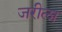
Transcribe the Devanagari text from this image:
जरीला